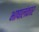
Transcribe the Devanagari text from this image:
भाषालंकार